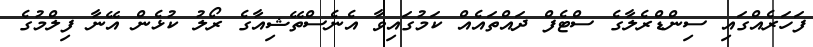
ފަހަރެއްގައި ސިންޑްރެލާގެ ސްޓެފް ދައްތައެއް ކަމުގައިވާ އެނެސްތޭޝިއާގެ ރޯލު ކުޅެން އޭނާ ފިލްމުގެ